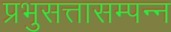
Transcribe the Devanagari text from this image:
प्रभुसत्तासम्पन्न